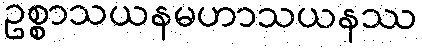
ဥစ္စာသယနမဟာသယနဿ